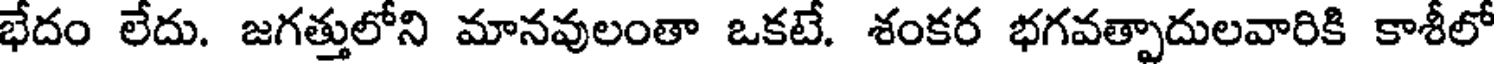
భేదం లేదు. జగత్తులోని మానవులంతా ఒకటే. శంకర భగవత్పాదులవారికి కాశీలో